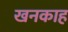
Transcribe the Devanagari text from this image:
खनकाह